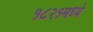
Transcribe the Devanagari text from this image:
१८२१मध्ये